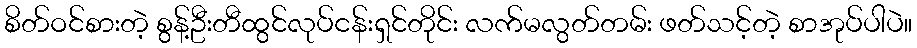
စိတ်ဝင်စားတဲ့ စွန့်ဦးတီထွင်လုပ်ငန်းရှင်တိုင်း လက်မလွတ်တမ်း ဖတ်သင့်တဲ့ စာအုပ်ပါပဲ။